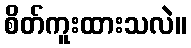
စိတ်ကူးထားသလဲ။